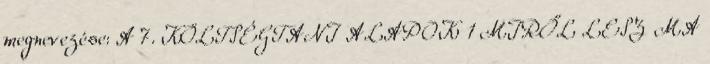
megnevezése: A 7. KÖLTSÉGTANI ALAPOK 1 MIRŐL LESZ MA